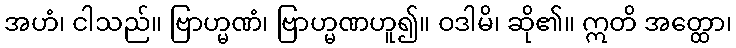
အဟံ၊ ငါသည်။ ဗြာဟ္မဏံ၊ ဗြာဟ္မဏဟူ၍။ ဝဒါမိ၊ ဆို၏။ ဣတိ အတ္ထော၊